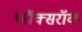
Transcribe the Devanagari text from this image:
फॉक्सरॉक